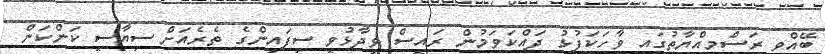
ބޭއްވި ރަސްމިއްޔާތުގައި ވާހަކަފުޅު ދައްކަވަމުން ރައީސް ވިދާޅުވީ ސިފައިންގެ ތެރެއަށް ސިޔާސީ ކަންކަން